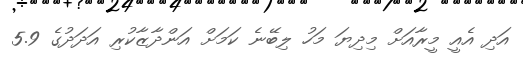
އަދި އެއީ މީރާއަށް މިދިޔަ މަހު ލިބޭނެ ކަމަށް އަންދާޒާކުރި އަދަދުގެ 5.9